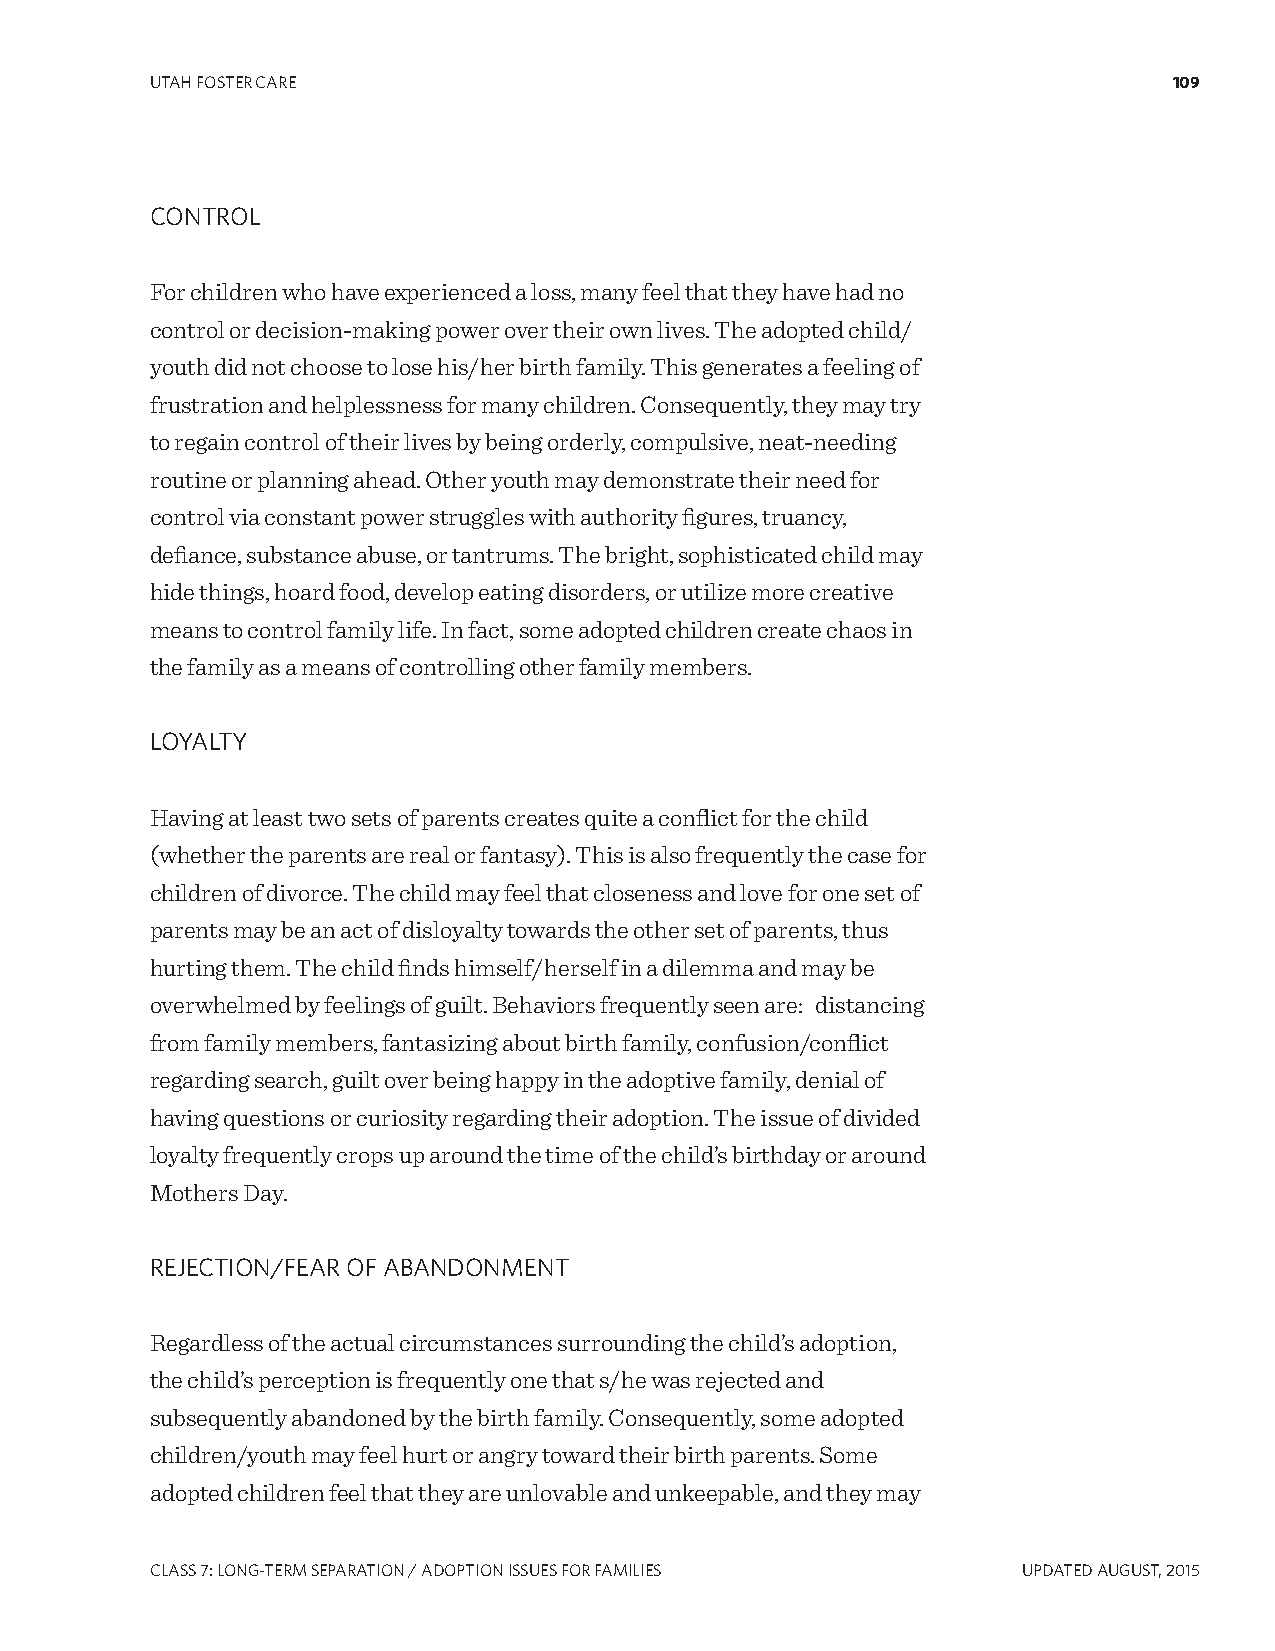
UTAH FOSTER CARE                                                    109
 CONTROL
 For children who have experienced a loss, many feel that they have had no
 control or decision-making power over their own lives. The adopted child/
 youth did not choose to lose his/her birth family. This generates a feeling of
 frustration and helplessness for many children. Consequently, they may try
 to regain control of their lives by being orderly, compulsive, neat-needing
 routine or planning ahead. Other youth may demonstrate their need for
 control via constant power struggles with authority figures, truancy,
 defiance, substance abuse, or tantrums. The bright, sophisticated child may
 hide things, hoard food, develop eating disorders, or utilize more creative
 means to control family life. In fact, some adopted children create chaos in
 the family as a means of controlling other family members.
 LOYALTY
 Having at least two sets of parents creates quite a conflict for the child
 (whether the parents are real or fantasy). This is also frequently the case for
 children of divorce. The child may feel that closeness and love for one set of
 parents may be an act of disloyalty towards the other set of parents, thus
 hurting them. The child finds himself/herself in a dilemma and may be
 overwhelmed by feelings of guilt. Behaviors frequently seen are: distancing
 from family members, fantasizing about birth family, confusion/conflict
 regarding search, guilt over being happy in the adoptive family, denial of
 having questions or curiosity regarding their adoption. The issue of divided
 loyalty frequently crops up around the time of the child’s birthday or around
 Mothers Day.
 REJECTION/FEAR OF ABANDONMENT
 Regardless of the actual circumstances surrounding the child’s adoption,
 the child’s perception is frequently one that s/he was rejected and
 subsequently abandoned by the birth family. Consequently, some adopted
 children/youth may feel hurt or angry toward their birth parents. Some
 adopted children feel that they are unlovable and unkeepable, and they may
 CLASS 7: LONg-TERM SEPARATION / ADOPTION ISSUES FOR FAMILIES UPDATED AUgUST, 2015